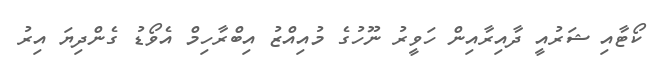
ކޯޓާއި ޝަރުއީ ދާއިރާއިން ހަވީރު ނޫހުގެ މުއިއްޒު އިބްރާހިމް އެވޯޑު ގެންދިޔަ އިރު